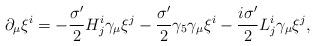
LaTeX: \begin{align*}\partial_\mu\xi^i = -\frac{\sigma'}{2} H^i_j\gamma_\mu\xi^j -\frac{\sigma'}{2} \gamma_5\gamma_\mu\xi^i -\frac{i\sigma'}{2} L^i_j\gamma_\mu\xi^j,\end{align*}